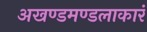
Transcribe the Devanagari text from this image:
अखण्डमण्डलाकारं